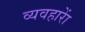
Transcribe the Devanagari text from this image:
व्यवहाराें